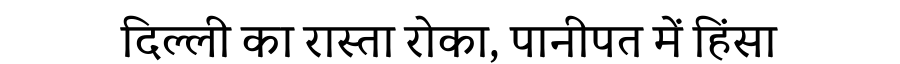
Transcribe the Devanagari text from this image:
दिल्ली का रास्ता रोका, पानीपत में हिंसा